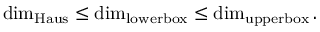
\dim _ { \operatorname { H a u s } } \leq \dim _ { \operatorname { l o w e r b o x } } \leq \dim _ { \operatorname { u p p e r b o x } } .